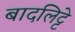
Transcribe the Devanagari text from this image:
बादलिट्टे